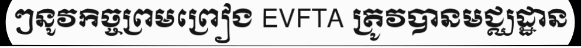
ៗនូវកិច្ចព្រមព្រៀង EVFTA ត្រូវបានមជ្ឈដ្ឋាន